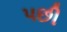
પછી